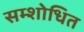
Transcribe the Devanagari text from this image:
सम्शोधित